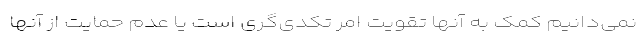
نمی‌دانیم کمک به آنها تقویت امر تکدی‌گری است یا عدم حمایت از آنها